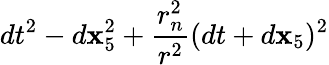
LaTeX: dt^{2}-d\mathbf{x}_{5}^{2}+{\frac{{r_{n}^{2}}}{{r^{2}}}}(dt+d\mathbf{x}_{5})^{2}